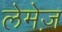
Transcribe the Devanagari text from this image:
लेमेज़